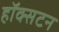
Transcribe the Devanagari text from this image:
हॉक्सटन